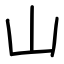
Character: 山